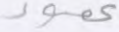
عمود